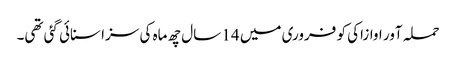
حملہ آور اوازاکی کو فروری میں 14 سال چھ ماہ کی سزا سنائی گئی تھی۔